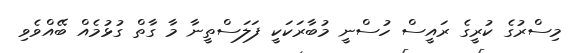
މިސްރުގެ ކުރީގެ ރައީސް ހުސްނީ މުބާރަކަކީ ފަލަސްތީނާ މާ ގާތް ގުޅުމެއް ބޭއްވެވި